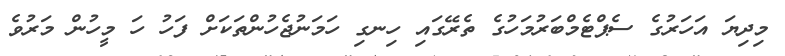
މިދިޔަ އަހަރުގެ ސެޕްޓެމްބަރުމަހުގެ ތެރޭގައި ހިނގި ހަމަނުޖެހުންތަކަށް ފަހު ހަ މީހުން މަރުވެ